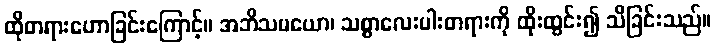
ထိုတရားဟောခြင်းကြောင့်။ အဘိသမယော၊ သစ္စာလေးပါးတရားကို ထိုးထွင်း၍ သိခြင်းသည်။